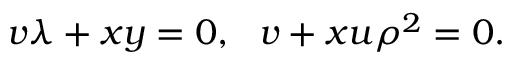
v \lambda + x y = 0 , ~ ~ v + x u \rho ^ { 2 } = 0 .